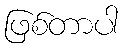
ဖြစ်တာပါ